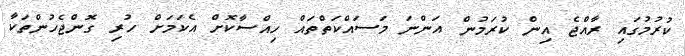
ކުރުމުގައި ރާއްޖެ އިން ކުރަމުން އަންނަ މަސައްކަތްތައް ހިއްސާކޮށް އެކަމަށް ހުރި ގޮންޖެހުންތަކާ